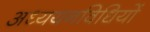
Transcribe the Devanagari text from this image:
अध्ययनविधियों